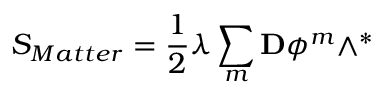
S _ { M a t t e r } = \frac { 1 } { 2 } \lambda \sum _ { m } \mathbf { D } \phi ^ { m } \wedge ^ { \ast }